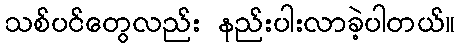
သစ်ပင်တွေလည်း နည်းပါးလာခဲ့ပါတယ်။